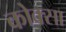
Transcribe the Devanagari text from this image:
कोक्सा